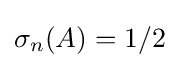
\sigma _{n}(A)=1/2